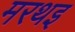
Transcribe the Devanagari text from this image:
मरथइ